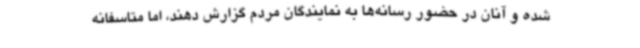
شده و آنان در حضور رسانه‌ها به نمایندگان مردم گزارش دهند، اما متاسفانه